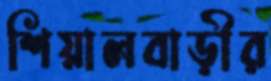
শিয়ালবাড়ীর